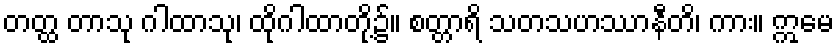
တတ္ထ တာသု ဂါထာသု၊ ထိုဂါထာတို့၌။ စတ္တာရိ သတသဟဿာနီတိ၊ ကား။ ဣမေ